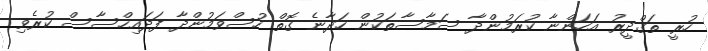
ހުރީ ތަގްދީރު އަހަންނާ ކުރަމުންދާ ސަމާސާތަކުން ހަދާނެ ގޮތް ހުސްވަމުންދާ ފަދައިހްސާސް ކުރެވި